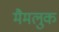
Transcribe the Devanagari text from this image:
मैमलुक